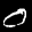
Label: 0